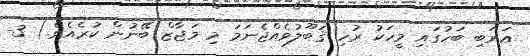
ޢަރަބި ބަހުގައި މީހަކު ރުހި ޤަބޫލުވެއްޖެނަމަ މި މަޖާޒް ބޭނުން ކުރެއެވެ.) 3-